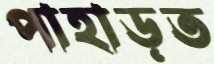
পাহাড়ত